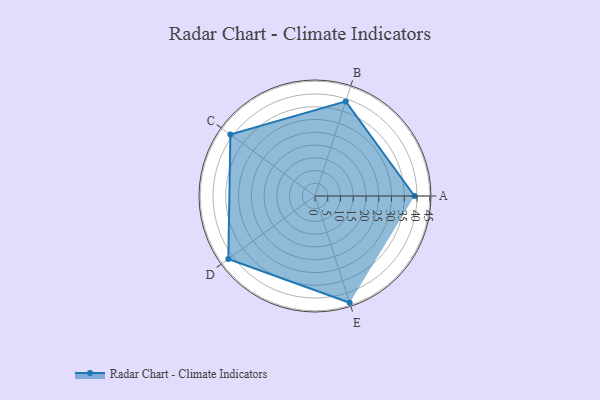
{"axis": {"x": "Skill", "y": "Score"}, "legend": ["Profile"], "data": [{"x": "A", "y": 39.0, "type": "Profile"}, {"x": "B", "y": 39.0, "type": "Profile"}, {"x": "C", "y": 41.0, "type": "Profile"}, {"x": "D", "y": 42.0, "type": "Profile"}, {"x": "E", "y": 44.0, "type": "Profile"}]}